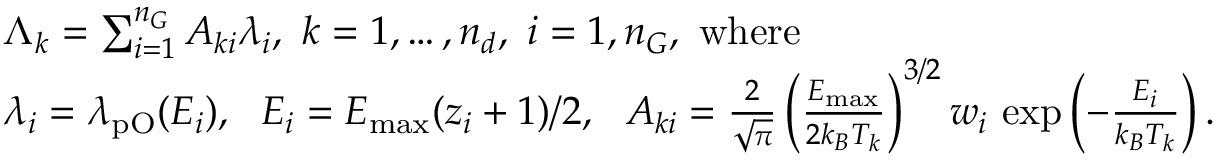
\begin{array} { r l } & { \Lambda _ { k } = \sum _ { i = 1 } ^ { n _ { G } } A _ { k i } \lambda _ { i } , \ k = 1 , \dots , n _ { d } , \ i = 1 , n _ { G } \mathrm { , ~ w h e r e } } \\ & { \lambda _ { i } = \lambda _ { \mathrm { p O } } ( E _ { i } ) , \ \ E _ { i } = E _ { \mathrm { m a x } } ( z _ { i } + 1 ) / 2 , \ \ A _ { k i } = \frac { 2 } { \sqrt { \pi } } \left( \frac { E _ { \mathrm { m a x } } } { 2 k _ { B } T _ { k } } \right) ^ { 3 / 2 } w _ { i } \, \exp \left( - \frac { E _ { i } } { k _ { B } T _ { k } } \right) . } \end{array}